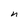
Character: n